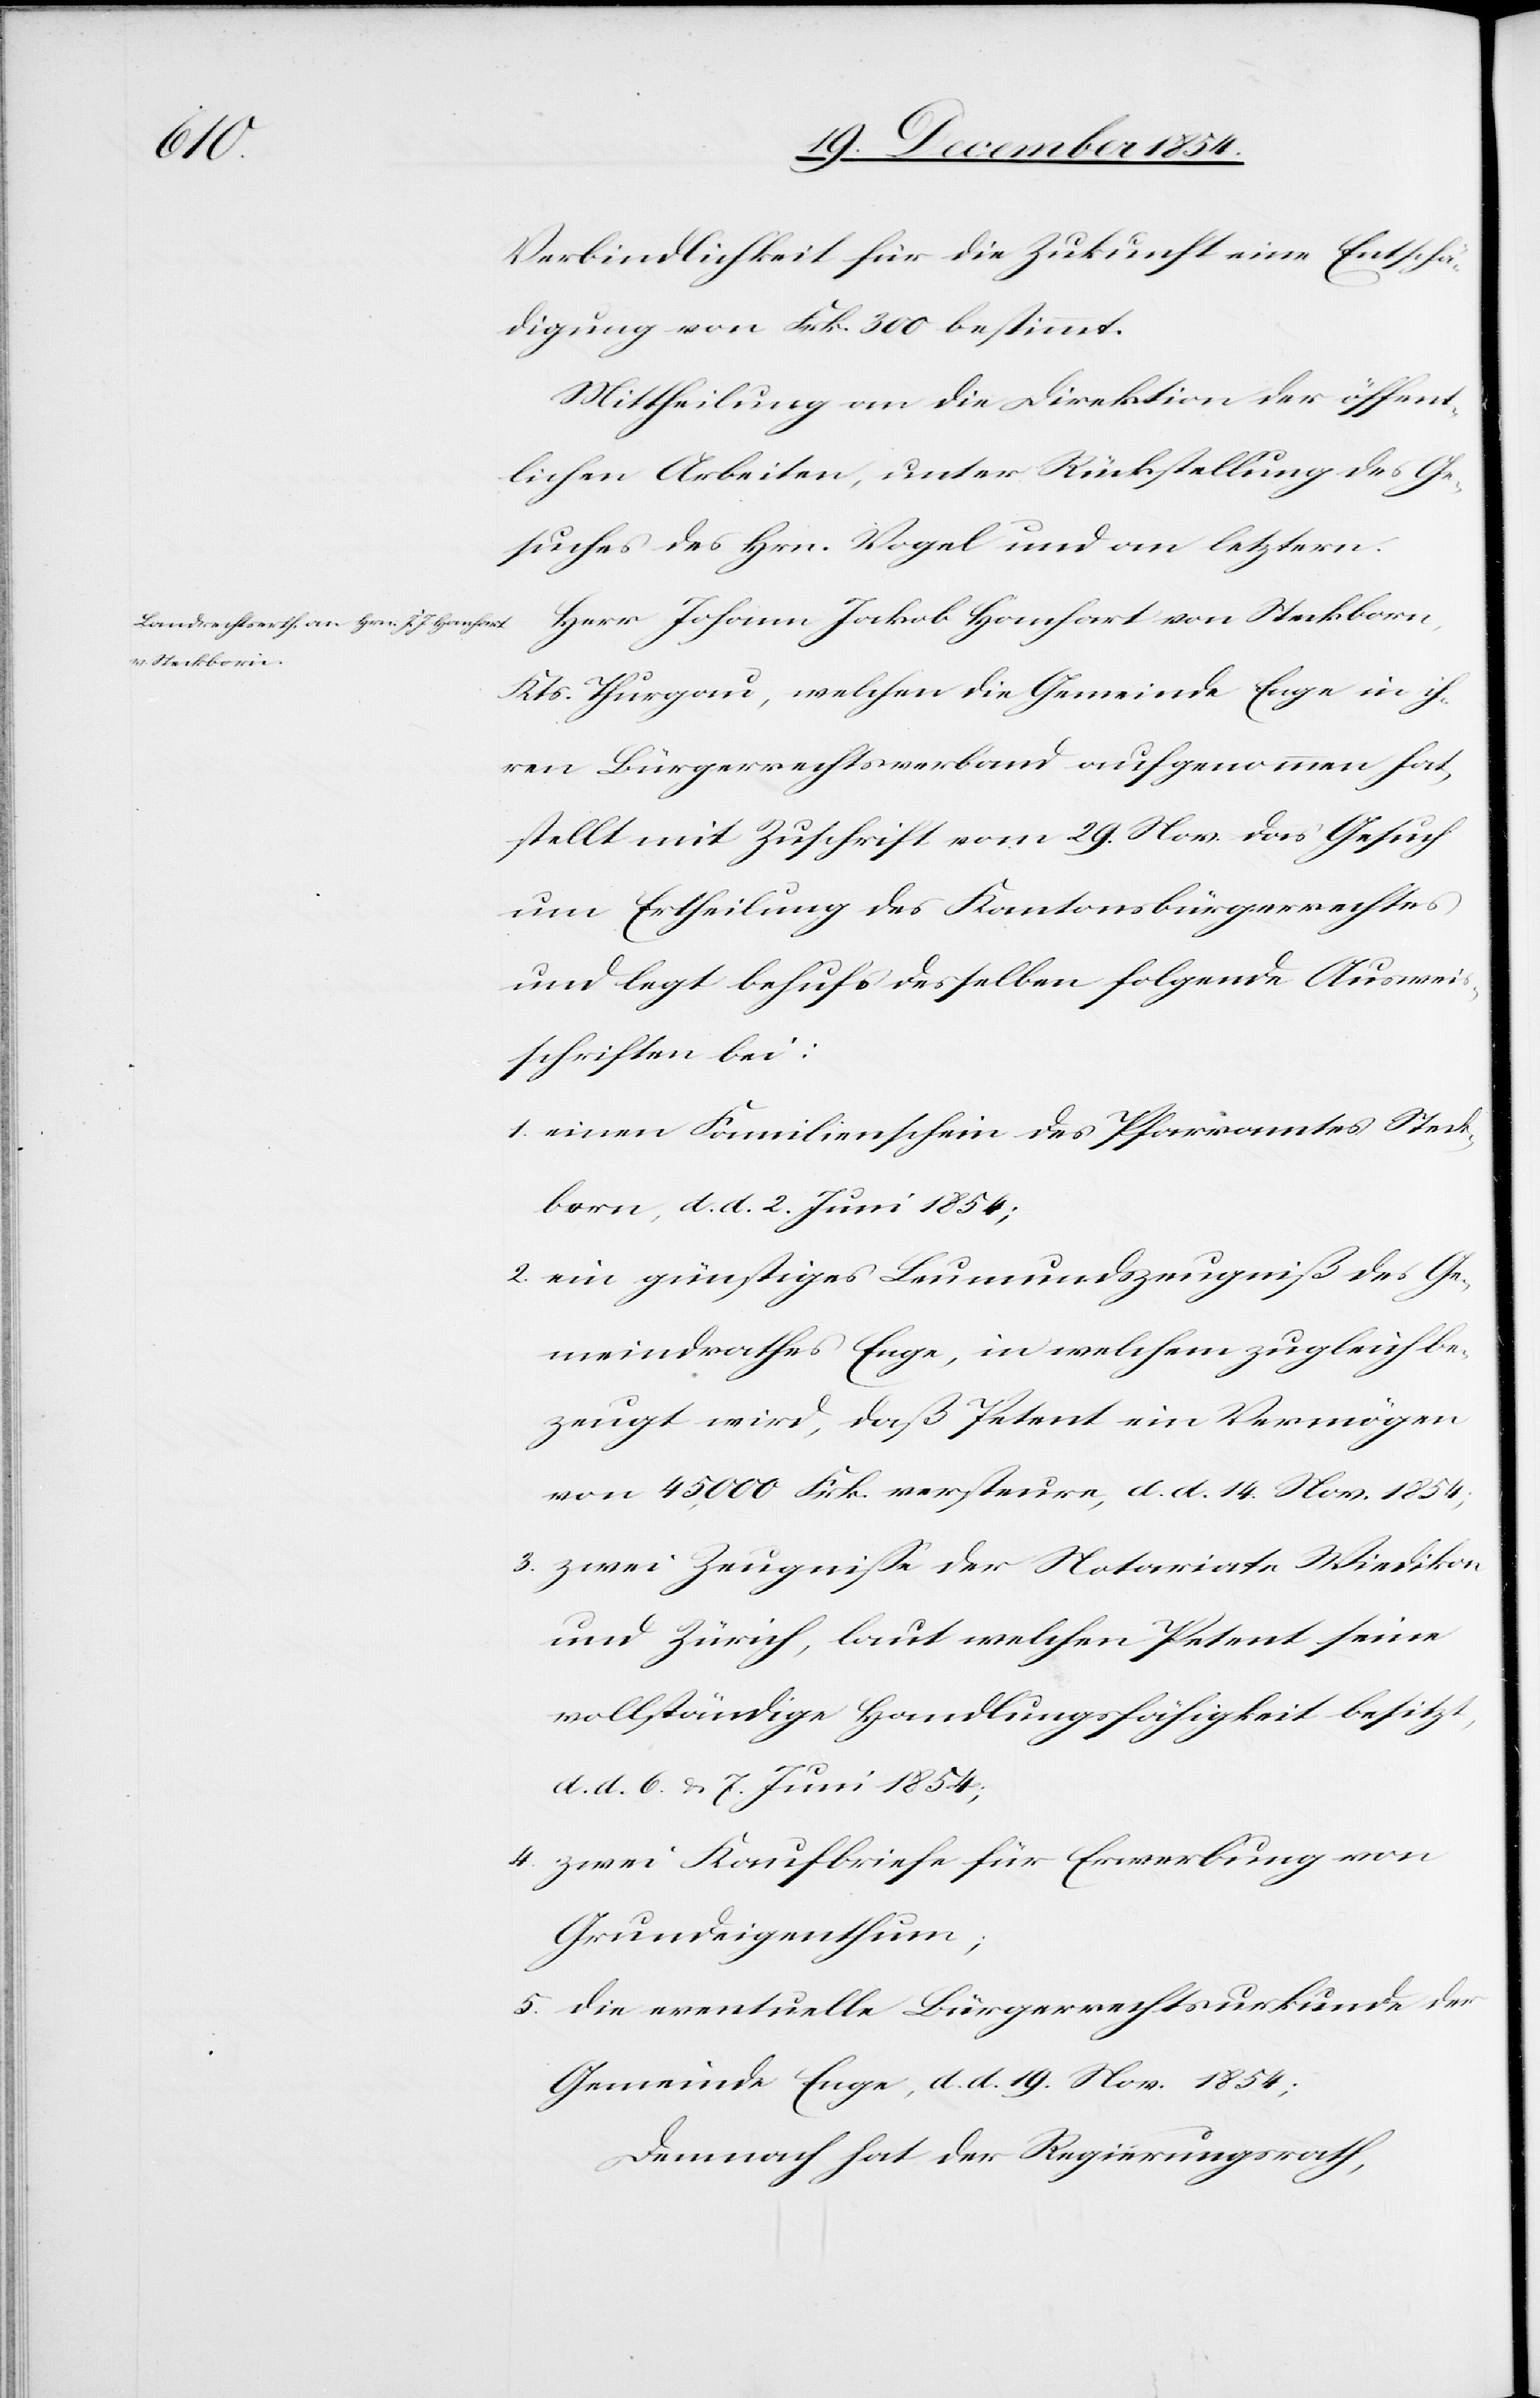
Verbindlichkeit für die Zukunft eine Entschä¬
digung von Frk. 300 bestimmt.
Mittheilung an die Direktion der öffent¬
lichen Arbeiten, unter Rückstellung des Ge¬
suches des Hrn. Vogel und an letztern.
Herr Johann Jakob Hanhart von Steckborn,
Kts. Thurgau, welchen die Gemeinde Enge in ih¬
ren Bürgerrechtsverband aufgenommen hat,
stellt mit Zuschrift vom 29. Nov. das Gesuch
um Ertheilung des Kantonsbürgerrechtes
und legt behufs desselben folgende Ausweis¬
schriften bei:
1. einen Familienschein des Pfarramtes Stec¬
kborn, d. d. 2. Juni 1854;
2. ein günstiges Leumundszeugniß des Ge¬
meindrathes Enge, in welchem zugleich be¬
zeugt wird, daß Petent ein Vermögen
von 45,000 Frk. versteure, d. d. 14. Nov. 1854;
3. zwei Zeugniße der Notariate Wiedikon
und Zürich, laut welchen Petent seine
vollständige Handlungsfähigkeit besitzt,
d. d. 6. u. 7. Juni 1854;
4. zwei Kaufbriefe für Erwerbung von
Grundeigenthum;
5. die eventuelle Bürgerrechtsurkunde der
Gemeinde Enge, d. d. 19. Nov. 1854;
Demnach hat der Regierungsrath,